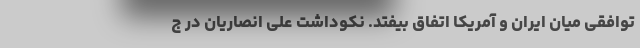
توافقی میان ایران و آمریکا اتفاق بیفتد. نکوداشت علی انصاریان در ج